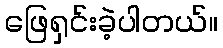
ဖြေရှင်းခဲ့ပါတယ်။